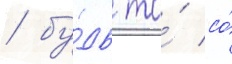
/ бу́дь то́ со́